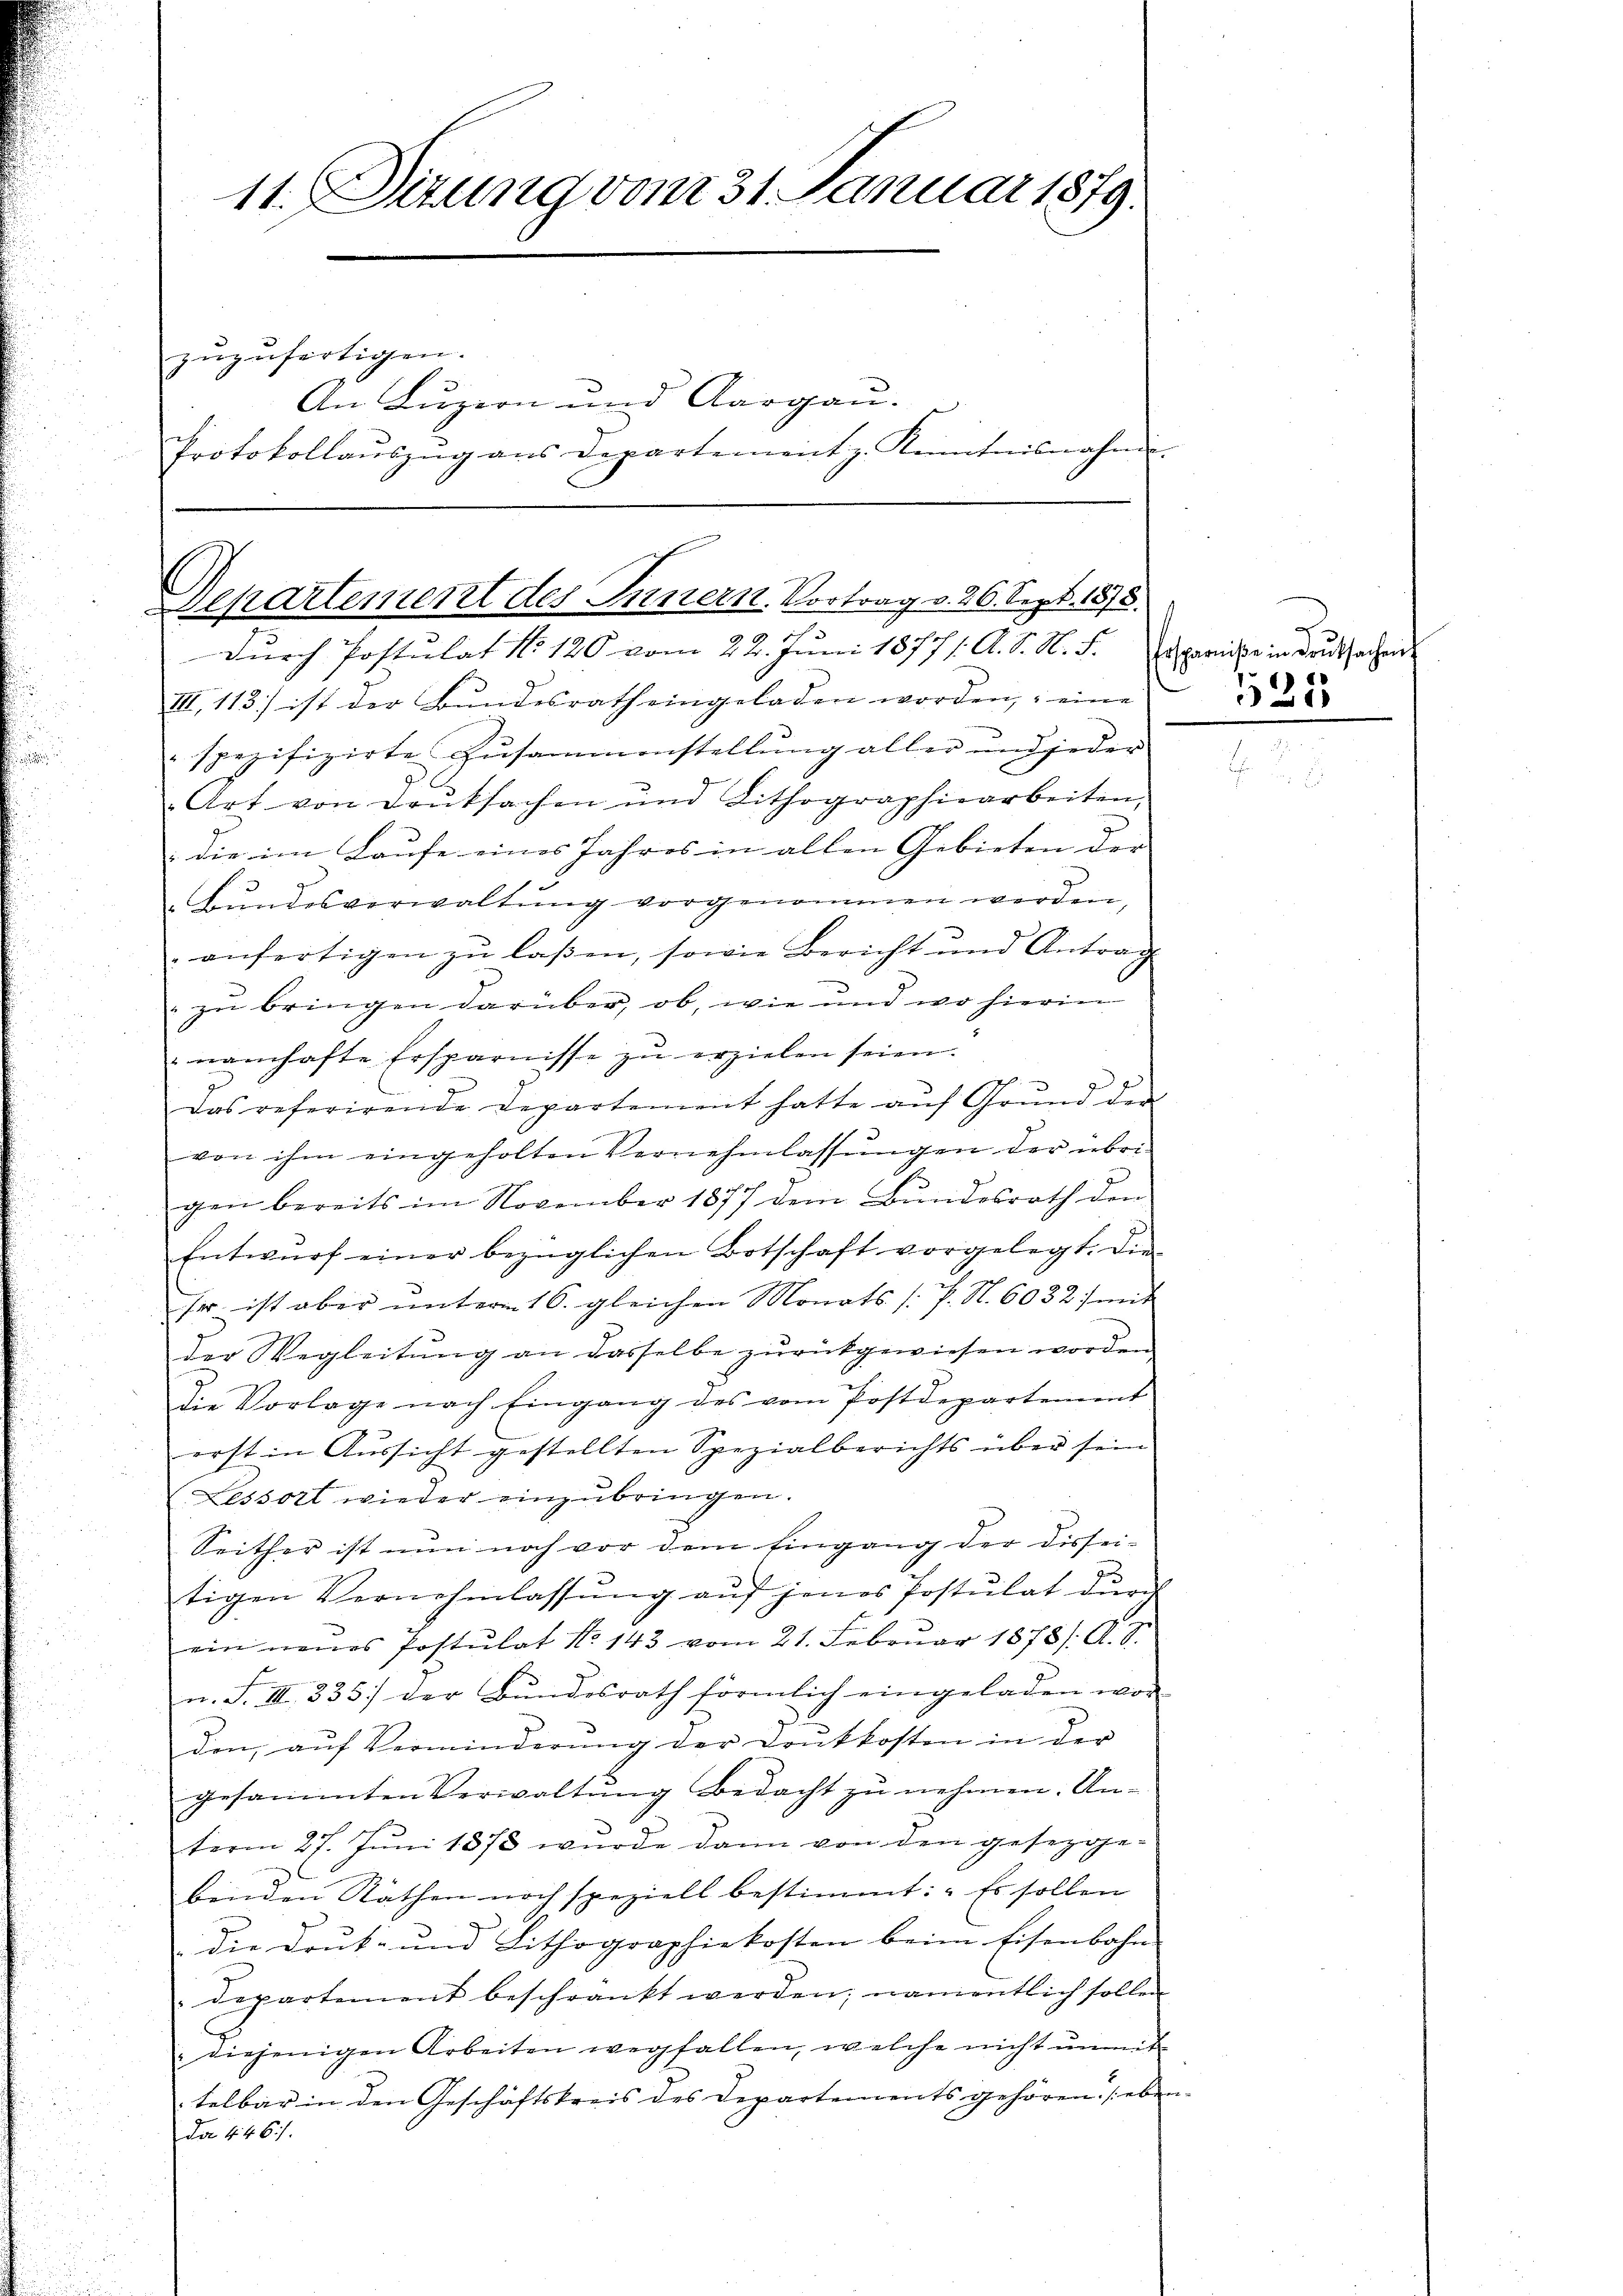
11. Situng vom 31. Januar 1879.
zugefertigen.
An Luzern und Aargau.
Protokollaŭszŭg ans Departement z. Kenntnisnahm

Separtement des Innern. Vortrag v. 26. Sept. 1875.
durch Postulat No 120 vom 22. Juni 1877/. A. S. N. S.

III. 113) ist der Bundesrath eingeladen worden, eine
spezifizirte Zusammenstellung aller und jeder
Art von Druksachen und Lithographiearbeiten,
die im Laufe eines Jahres in allen Gebieten der |
undesverwaltung vorgenommen werden,
anfertigen zu laßen, sowie Bericht und Antrag
" zu bringen darüber, ob, wie und wo hierin
namhafte Ersparnisse zŭ erzielen seien.

Das referirende Departement hatte auf Grund der
.
von ihm eingeholten Vernehmlassŭngen der übri-
gen bereits im November 1877 dem Bŭndesrath den
Entwŭrf einer bezüglichen Botschaft vorgelegt. Die
so ist aber ŭnterm 16. gleichen Monats /: P. N. 6032) mit
der Wegleitung an dasselbe zurückgewiesen worden
die Vorlage nach Eingang des vom Postdepartement
erst in Aussicht gestellten Spezialberichts über sein
V Lessort wieder einzubringen.
Seither ist nun noch vor dem Eingang der Dissei-
tigen Vernehmlassŭng aŭf jenes Postulat dŭrch
ein neues Postulat No. 143 vom 21. Februar 1878/. A. S.
u. S. III 335. der Bundesrath förmlich eingeladen wor
den, aŭf Verminderŭng der Doŭtkosten in der
gesammten Verwaltŭng bedacht zu nehmen. Unterm 27. Juni 1873 wurde dann von den gesezgebinden Räthen noch speziell bestimmt: „Es sollen
die Drut- und Lithographiekosten beim Eisenbahn
Departement beschränkt werden; namentlich sollen
" diejenigen Arbeiten wegfallen, welche nicht unmit
telbar in den Geschäftskreis des Departements gehören. (eben
da 446.

d
Ersparniße in Brŭtsachen
25